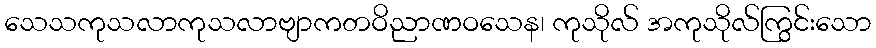
သေသကုသလာကုသလာဗျာကတဝိညာဏဝသေန၊ ကုသိုလ် အကုသိုလ်ကြွင်းသော